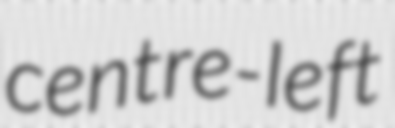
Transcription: centre-left